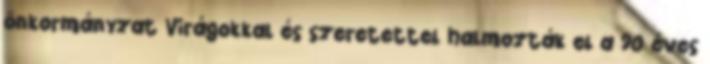
önkormányzat Virágokkal és szeretettel halmozták el a 90 éves